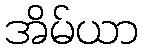
အိမ်ယာ